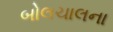
બોલચાલના